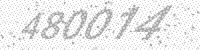
Solution: 480014